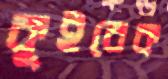
কুইবেক